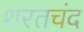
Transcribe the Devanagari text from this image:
शरतचंद